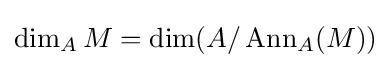
\dim _{A}M=\dim(A/\operatorname {Ann} _{A}(M))